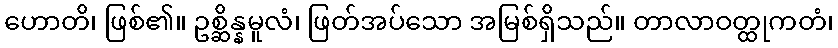
ဟောတိ၊ ဖြစ်၏။ ဥစ္ဆိန္နမူလံ၊ ဖြတ်အပ်သော အမြစ်ရှိသည်။ တာလာဝတ္ထုကတံ၊